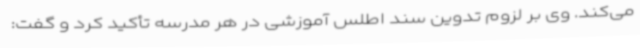
می‌کند. وی بر لزوم تدوین سند اطلس آموزشی در هر مدرسه تأکید کرد و گفت: